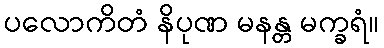
ပလောကိတံ နိပုဏ မနန္တ မက္ခရံ။